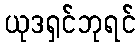
ယုဒရှင်ဘုရင်